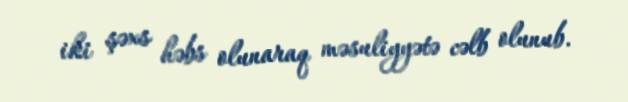
iki şəxs həbs olunaraq məsuliyyətə cəlb olunub.